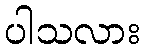
ပါသလား